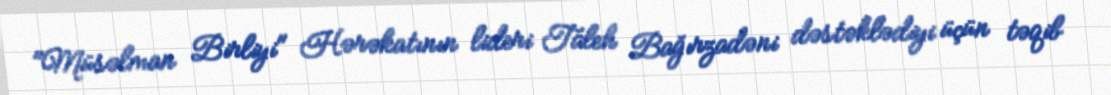
"Müsəlman Birliyi" Hərəkatının lideri Taleh Bağırzadəni dəstəklədiyi üçün təqib